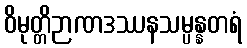
ဝိမုတ္တိဉာဏဒဿနသမ္ပန္နတရံ